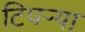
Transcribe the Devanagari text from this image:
टिपऱ्या